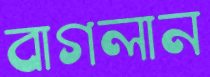
বাগলান